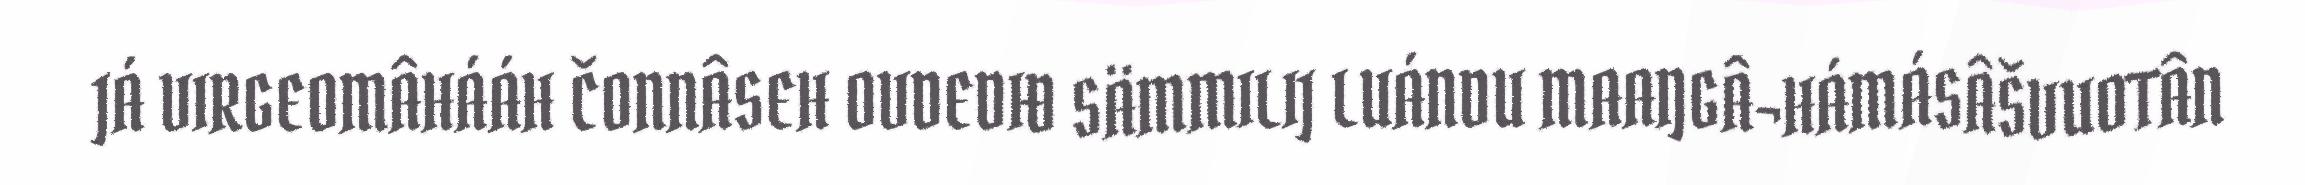
JÁ VIRGEOMÂHÁÁH ČONNÂSEH OVDEDIĐ SÄMMILIJ LUÁNDU MAAŊGÂ¬HÁMÁSÂŠVUOTÂN